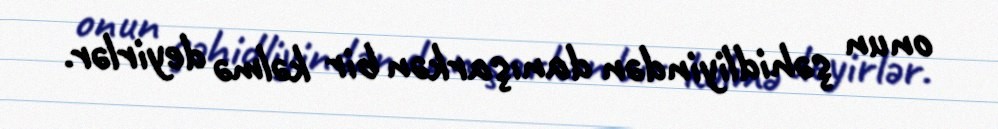
onun şəhidliyindən danışarkən bir kəlmə deyirlər.